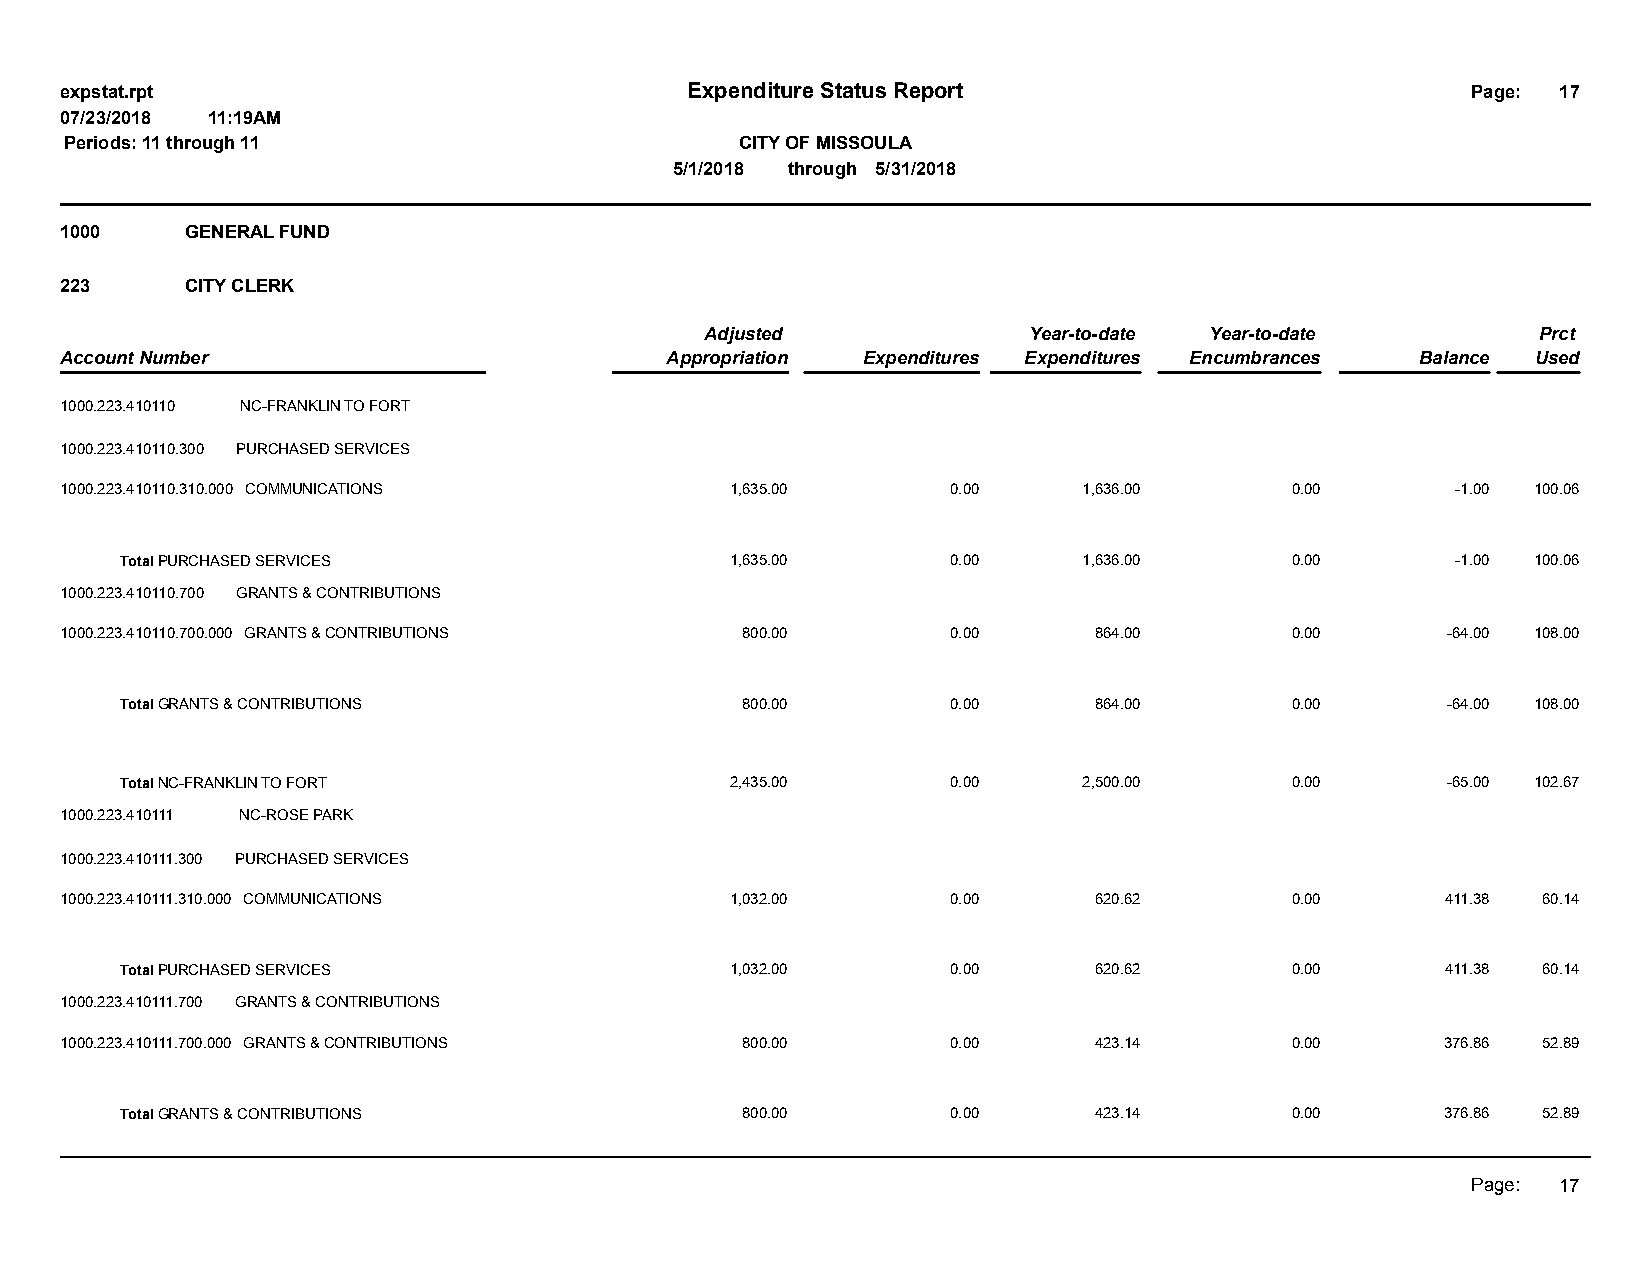
expstat.rpt                              Expenditure Status Report                           Page: 17
 07/23/2018 11:19AM
 Periods: 11 through 11                       CITY OF MISSOULA
 5/1/2018 through 5/31/2018
 1000    GENERAL FUND
 223     CITY CLERK
 Adjusted             Year-to-date Year-to-date         Prct
 Account Number                          Appropriation Expenditures Expenditures Encumbrances Balance Used
 1000.223.410110 NC-FRANKLIN TO FORT
 1000.223.410110.300 PURCHASED SERVICES
 1000.223.410110.310.000 COMMUNICATIONS      1,635.00       0.00     1,636.00     0.00       -1.00 100.06
 Total PURCHASED SERVICES                1,635.00       0.00     1,636.00     0.00       -1.00 100.06
 1000.223.410110.700 GRANTS & CONTRIBUTIONS
 1000.223.410110.700.000 GRANTS & CONTRIBUTIONS 800.00      0.00     864.00       0.00       -64.00 108.00
 Total GRANTS & CONTRIBUTIONS             800.00        0.00     864.00       0.00       -64.00 108.00
 Total NC-FRANKLIN TO FORT               2,435.00       0.00     2,500.00     0.00       -65.00 102.67
 1000.223.410111 NC-ROSE PARK
 1000.223.410111.300 PURCHASED SERVICES
 1000.223.410111.310.000 COMMUNICATIONS      1,032.00       0.00     620.62       0.00       411.38 60.14
 Total PURCHASED SERVICES                1,032.00       0.00     620.62       0.00       411.38 60.14
 1000.223.410111.700 GRANTS & CONTRIBUTIONS
 1000.223.410111.700.000 GRANTS & CONTRIBUTIONS 800.00      0.00     423.14       0.00       376.86 52.89
 Total GRANTS & CONTRIBUTIONS             800.00        0.00     423.14       0.00       376.86 52.89
 Page: 17